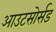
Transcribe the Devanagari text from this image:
आउटसोर्सड